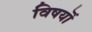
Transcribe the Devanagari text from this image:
विषयॊं